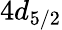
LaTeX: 4d_{5/2}